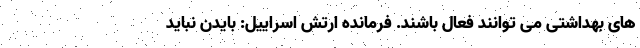
های بهداشتی می توانند فعال باشند. فرمانده ارتش اسراییل: بایدن نباید